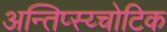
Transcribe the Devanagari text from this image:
अन्तिप्स्य्चोटिक